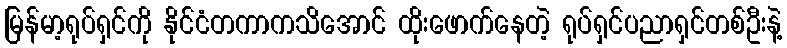
မြန်မာ့ရုပ်ရှင်ကို နိုင်ငံတကာကသိအောင် ထိုးဖောက်နေတဲ့ ရုပ်ရှင်ပညာရှင်တစ်ဦးနဲ့